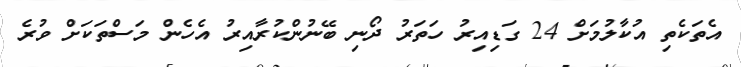
އެތަކެތި އުކާލުމަށް 24 ގަޑިއިރު ހަތަރު ދޯނި ބޭނުންކުރާއިރު އެހެން މަސްތަކަށް ވުރެ